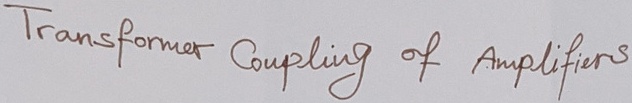
Text: Transformer Coupling of Amplifiers